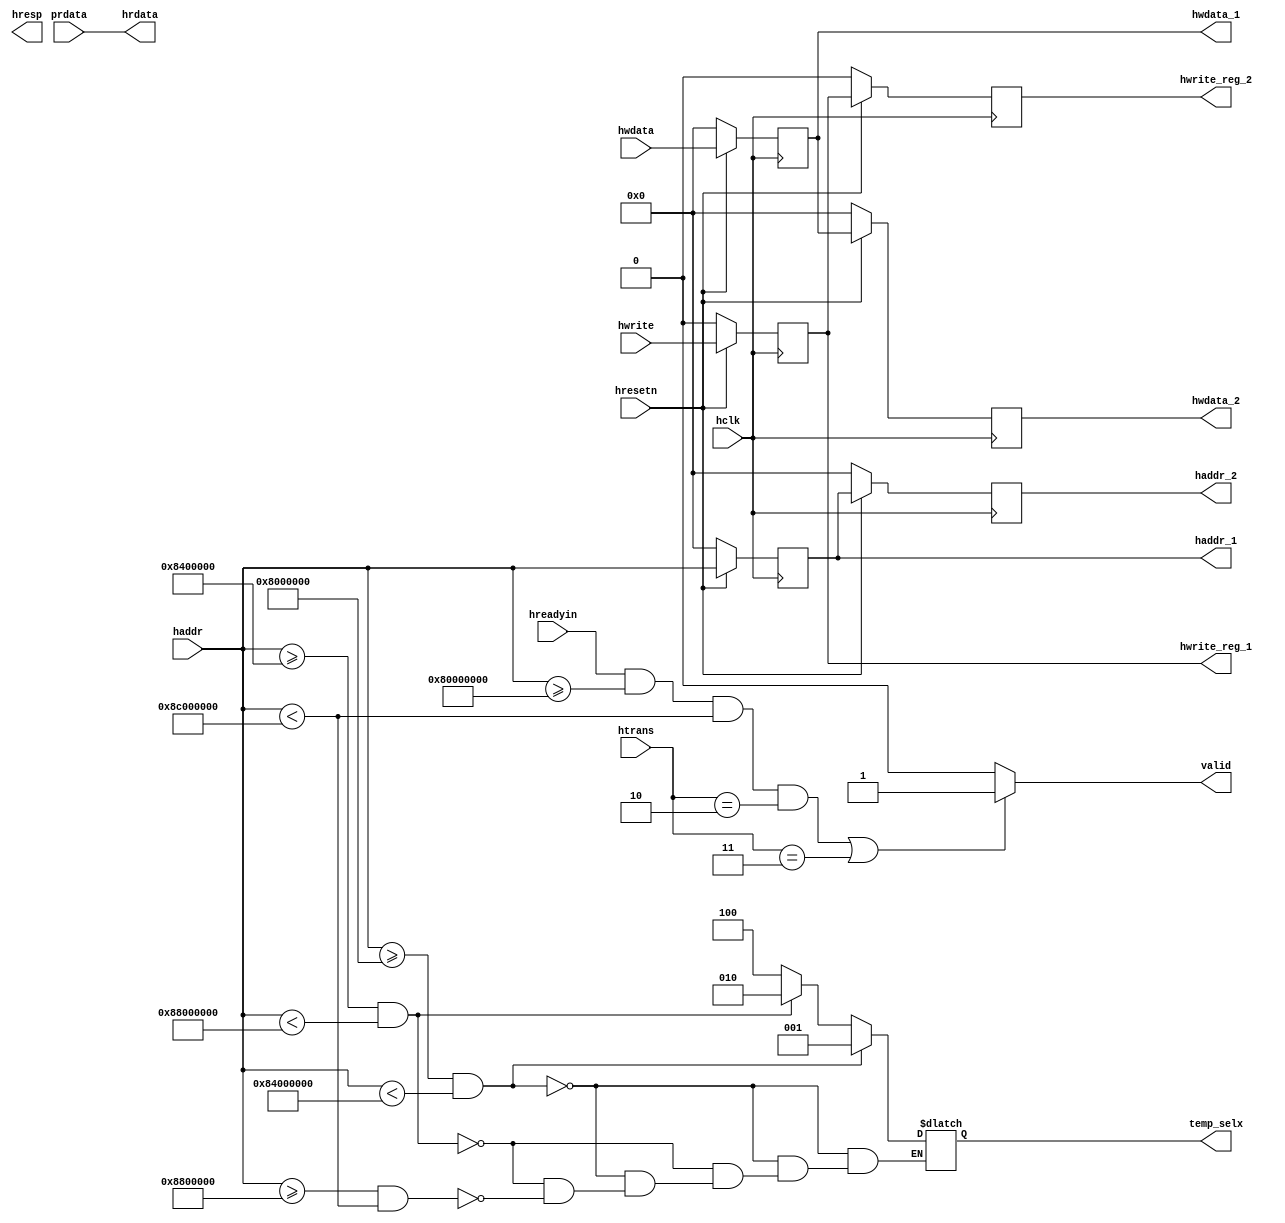
/* Signals
   input signals  Hclk 			- global clock signal
					   Hresetn   	- global reset signal
					   Hwrite    	- W/R(1/0) Signal
					   Hreadyin  	- high indicates transfer complete
					   Htrans[1:0]  - type of tranfer - idle, busy, seq, non-seq
					   Haddr[31:0]  - 32-bit system address
					   Hwdata[31:0] - transfer data via write data bus(master writes to the slave)
					   Hresp[1:0]   - status response
					   Hrdata[31:0] - transfer data via read data bus(master reads from slave)
	output signals Valid
						Haddr1[31:0]
						Haddr2[31:0]
						Hwdata[31:0]
						Hwdata2[31:0]
						Hwritereg
						tempselx[2:0] - Selecting the peripheral on the memory stack */

module ahb_slave_interface(   input  hclk, hresetn, hreadyin, hwrite,
										input  [1:0] htrans,
										input  [31:0] hwdata, haddr, prdata,
										output reg valid,
										output reg [31:0] haddr_1, haddr_2, hwdata_1, hwdata_2,
										output reg [2:0]  temp_selx,
										output reg hwrite_reg_1,hwrite_reg_2,
										output reg [1:0] hresp,
										output [31:0] hrdata
										);
						
						
	
// 2-staged address,write-data and hwrite_reg pipeline
	
			always @ (posedge hclk)
				begin
					if(!hresetn)
						begin
							haddr_1 <= 0;
							haddr_2 <= 0;
						end
						
					else
						begin
							haddr_1 <= haddr;
							haddr_2 <= haddr_1;
				end
			end	
	
always @ (posedge hclk)
				begin
					if(!hresetn)
						begin
							hwdata_1 <= 0;
							hwdata_2 <= 0;
						end
						
					else
						begin
							hwdata_1 <= hwdata;
							hwdata_2 <= hwdata_1;
						end
				end	
			
always @ (posedge hclk)
				begin
					if(!hresetn)
						begin
							hwrite_reg_1 <= 0;
							hwrite_reg_2 <= 0;
						end
						
					else
						begin
							hwrite_reg_1 <= hwrite;
							hwrite_reg_2 <= hwrite_reg_1;
						end
				end	
				
//generating valid signal

always @(*)
		begin
			if(hreadyin == 1 && haddr>=32'h8000_0000 && haddr < 32'h8c00_0000 && htrans == 2'b10 || htrans == 2'b11)
		     valid = 1'b1;
			else
			  valid = 1'b0;
		end
		
//selecting the pheripherals from the memory stack

always @(*)
		begin
			if(haddr>=32'h8000_000 && haddr<32'h8400_0000)
				temp_selx = 3'b001;
			else
			if(haddr>=32'h8400_000 && haddr<32'h8800_0000)
				temp_selx = 3'b010;
			else
			if(haddr>=32'h8800_000 && haddr<32'h8c00_0000)
				temp_selx = 3'b100;
		end
		
		assign hrdata = prdata;
		
endmodule